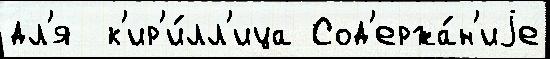
дл'я  к'ир'и́лл'ица Сод'ержа́н'иjе